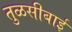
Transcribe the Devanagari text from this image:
तुळसीबाई